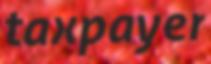
taxpayer